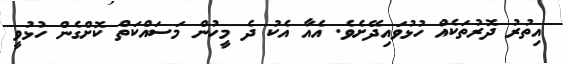
އިތުރު ދޮރުތަކެއް ހުޅުވައިދޭށެވެ. އެއާ އެކު ދެ މީހުން މަސައްކަތް ކޮށްގެން ހުޅުވީ